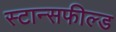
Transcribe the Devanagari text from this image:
स्टान्सफील्ड